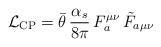
LaTeX: \begin{align*}{\cal L}_{\mbox{\scriptsize CP}} = {\bar \theta}\, \frac{\alpha_{s}}{8\pi}\, F_{a}^{\mu \nu}\,{\tilde F}_{a \mu \nu}\end{align*}